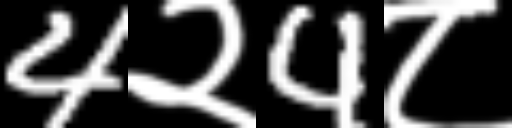
Text: 4२4८